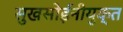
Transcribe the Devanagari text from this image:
सुखसोईंनीयुक्त